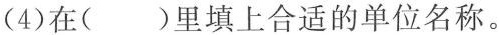
(4)在()里填上合适的单位名称。